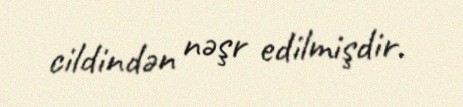
cildindən nəşr edilmişdir.